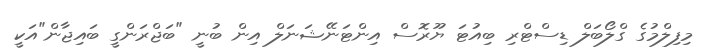
މިފިލްމުގެ ގްލޯބަލް ޑިސްޓްރި ބިއުޓަ ޔޫރޮސް އިންޓަނޭޝަނަލް އިން ބުނީ "ބަޖްރަންގީ ބައިޖާން"އަކީ